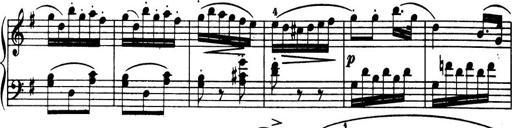
Title: 32 Sonatinas and Rondos for the Piano
Composer: Richard Kleinmichel